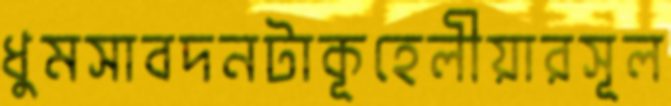
ধুমসাবদনটাকূহেলীয়ারসূল